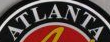
ATLANTA